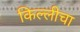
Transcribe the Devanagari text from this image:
किल्लीचा